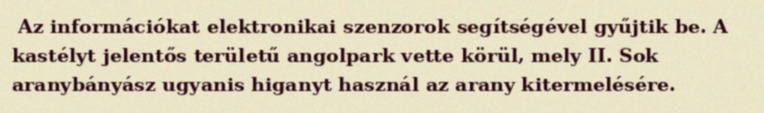
Az információkat elektronikai szenzorok segítségével gyűjtik be. A kastélyt jelentős területű angolpark vette körül, mely II. Sok aranybányász ugyanis higanyt használ az arany kitermelésére.